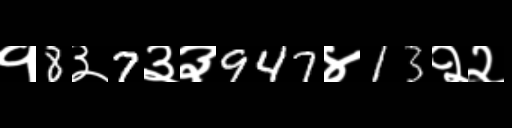
Text: १8३7३३947४13२२